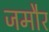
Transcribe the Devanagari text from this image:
जमौर